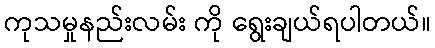
ကုသမှုနည်းလမ်း ကို ရွေးချယ်ရပါတယ်။